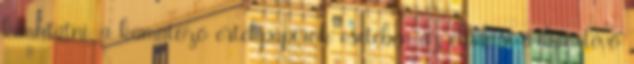
kimutatni, a kamatozó értékpapírok esetében az eladási árban lévő